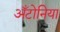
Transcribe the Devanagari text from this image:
अँटोनिया